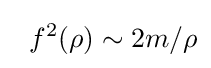
\;\;f^{2}(\rho )\sim 2m/\rho